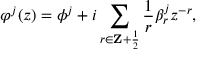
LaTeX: \varphi ^ { j } ( z ) = \phi ^ { j } + i \sum _ { r \in { \bf Z } + { \frac { 1 } { 2 } } } { \frac { 1 } { r } } \beta _ { r } ^ { j } z ^ { - r } ,